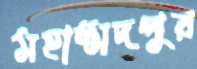
মহাম্মদপুর